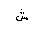
Letter: _shin